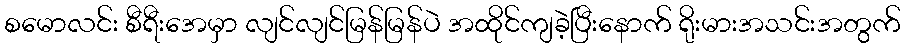
စမောလင်း စီရီးအေမှာ လျင်လျင်မြန်မြန်ပဲ အထိုင်ကျခဲ့ပြီးနောက် ရိုးမားအသင်းအတွက်